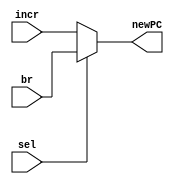
`timescale 1ns / 1ps

module pc_mux (
		input sel,            //from control
		input [31:0] br,     //branch pc
		input [31:0] incr,   //incrementor pc
		output [31:0] newPC
			   );
			  
	assign newPC = sel ? br : incr;
	
endmodule